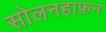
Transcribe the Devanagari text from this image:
सोलनहाफ़न